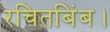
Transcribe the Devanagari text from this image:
रचितबिंब।